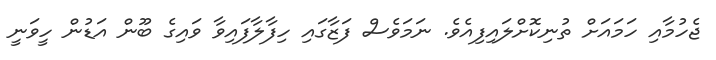
ޖެހުމާއި ހަމައަށް ތުނިކޮށްލައިފިއެވެ. ނަމަވެސް ފަޒާގައި ހިފާލާފައިވާ ވައިގެ ބޫން އަޑުން ހީވަނީ